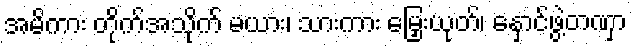
အမိကား တိုက်အသိုက် မယား၊ သားကား မြှေးယုတ်၊ နှောင်ဖွဲ့တဏှာ